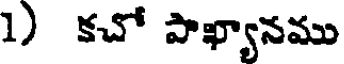
1) కచో పాఖ్యానము